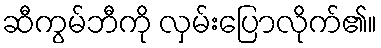
ဆီကွမ်ဘီကို လှမ်းပြောလိုက်၏။